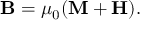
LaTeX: \mathbf { B } = \mu _ { 0 } ( \mathbf { M } + \mathbf { H } ) .